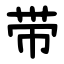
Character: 带